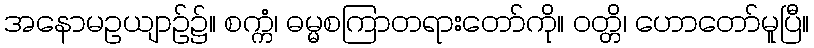
အနောမဥယျာဉ်၌။ စက္ကံ၊ ဓမ္မစကြာတရားတော်ကို။ ဝတ္တိ၊ ဟောတော်မူပြီ။